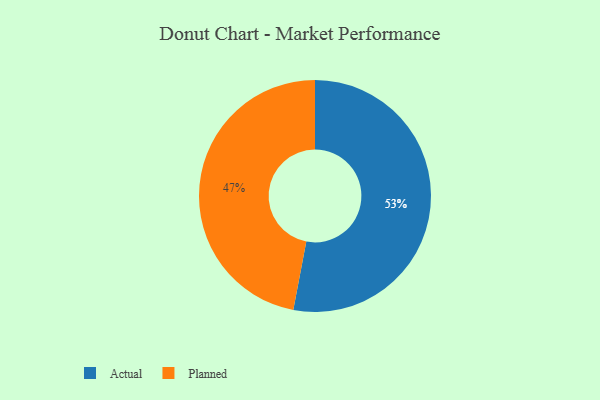
{"axis": {"x": "Category", "y": "Percentage"}, "legend": ["Actual", "Planned"], "data": [{"x": "Actual", "y": 53, "type": "Actual"}, {"x": "Planned", "y": 47, "type": "Planned"}]}